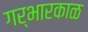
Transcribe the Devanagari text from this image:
गर्भारकाळ